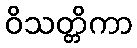
ဝိသတ္တိကာ